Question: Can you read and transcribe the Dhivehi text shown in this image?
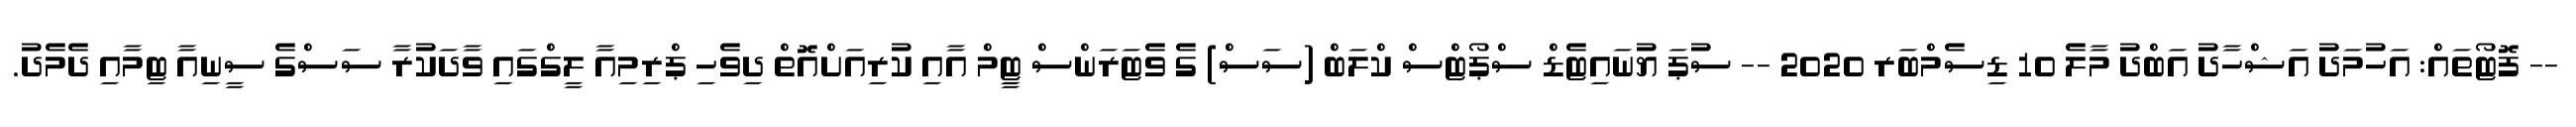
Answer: -- ފޮޓޯތައް: އަހުމަދު އަޝްހާދު އަބްދު މާލެ 10 ޑިސެމްބަރ 2020 -- ސުޕަ ޔުނައިޓެޑް ސްޕޯޓްސް ކްލަބް (ސަސް) ގެ ވެޓަރަންސް ޓިީމް އާއި ކުރިއަށްއޮތް ދިވެހި ޕްރިމިއާ ލީގްގައި ވާދަކުރާ ސަސްގެ ސީނިއާ ޓިމާއި ދެމެދު.